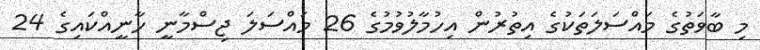
މި ބާވަތުގެ މައްސަލަތަކުގެ އިތުރުން އިހުމާލުވުމުގެ 26 މައްސަލަ ޖިސްމާނީ ހާނީއްކައިގެ 24